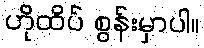
ဟိုထိပ် စွန်းမှာပါ။